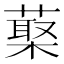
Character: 𦺵